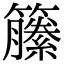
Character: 籘